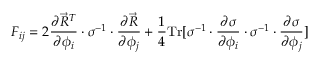
\boldsymbol { F } _ { i j } = 2 \frac { \partial \vec { R } ^ { T } } { \partial \phi _ { i } } \cdot \boldsymbol { \sigma } ^ { - 1 } \cdot \frac { \partial \vec { R } } { \partial \phi _ { j } } + \frac { 1 } { 4 } \mathrm { T r } [ \boldsymbol { \sigma } ^ { - 1 } \cdot \frac { \partial \boldsymbol { \sigma } } { \partial \phi _ { i } } \cdot \boldsymbol { \sigma } ^ { - 1 } \cdot \frac { \partial \boldsymbol { \sigma } } { \partial \phi _ { j } } ]